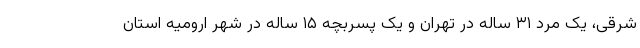
شرقی، یک مرد ٣١ ساله در تهران و یک پسربچه ۱۵ ساله در شهر ارومیه استان